Civil Veterinary Dept. Bombay admin report 1914-1922 - 1914-1922
Year: 1914
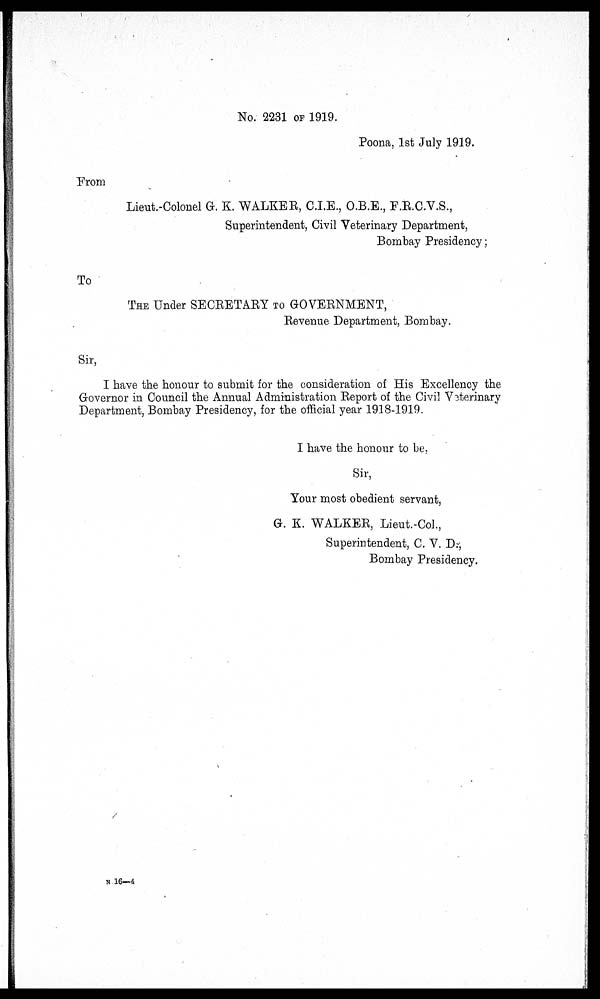
No. 2231 OF 1919.
Poona, 1st July 1919.
From
Lieut-Colonel G. K. WALKER, C.I.E., O.B.E., F.R.C.V.S.,
Superintendent, Civil Veterinary Department,
Bombay Presidency;
To
THE Under SECRETARY TO GOVERNMENT,
Revenue Department, Bombay.
Sir,
I have the honour to submit for the consideration of His Excellency the
Governor in Council the Annual Administration Report of the Civil Veterinary
Department, Bombay Presidency, for the official year 1918-1919.
I have the honour to be.
Sir,
Your most obedient servant,
G. K. WALKER, Lieut.-Col.,
Superintendent, C. V. D.,
Bombay Presidency.